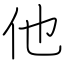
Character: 他